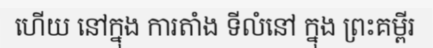
ហើយ នៅក្នុង ការតាំង ទីលំនៅ ក្នុង ព្រះគម្ពីរ